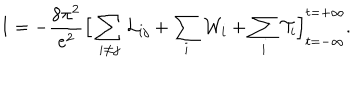
I = - \frac { 8 \pi ^ { 2 } } { e ^ { 2 } } \Big [ \sum _ { i \neq j } { \cal L } _ { i j } + \sum _ { i } { \cal W } _ { i } + \sum _ { i } { \cal T } _ { i } \Big ] _ { t = - \infty } ^ { t = + \infty } .